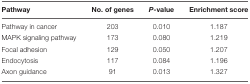
| Pathway | No. of genes | P-value | Enrichment score |
 | --- | --- | --- | --- |
 | Pathway in cancer | 203 | 0.010 | 1.187 |
 | MAPK signaling pathway | 173 | 0.080 | 1.219 |
 | Focal adhesion | 129 | 0.050 | 1.207 |
 | Endocytosis | 117 | 0.084 | 1.196 |
 | Axon guidance | 91 | 0.013 | 1.327 |